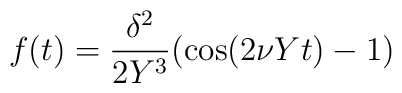
f(t) = {{\delta^2} \over {2Y^3}} (\cos(2\nu Y t) - 1)